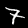
Label: 7